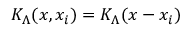
K _ { \Lambda } ( x , x _ { i } ) = K _ { \Lambda } ( x - x _ { i } )